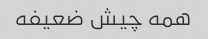
همه چیش ضعیفه